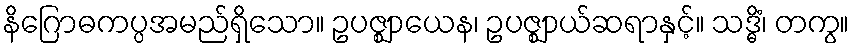
နိဂြောဓကပ္ပအမည်ရှိသော။ ဥပဇ္ဈာယေန၊ ဥပဇ္ဈာယ်ဆရာနှင့်။ သဒ္ဓိံ၊ တကွ။